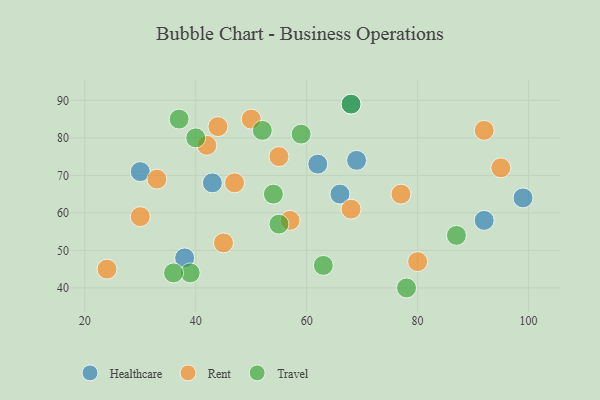
{"axis": {"x": "GDP", "y": "Life Expectancy"}, "legend": ["Healthcare", "Rent", "Travel"], "data": [{"x": "62", "y": 73, "type": "Healthcare"}, {"x": "68", "y": 89, "type": "Healthcare"}, {"x": "69", "y": 74, "type": "Healthcare"}, {"x": "92", "y": 58, "type": "Healthcare"}, {"x": "99", "y": 64, "type": "Healthcare"}, {"x": "66", "y": 65, "type": "Healthcare"}, {"x": "43", "y": 68, "type": "Healthcare"}, {"x": "30", "y": 71, "type": "Healthcare"}, {"x": "38", "y": 48, "type": "Healthcare"}, {"x": "68", "y": 61, "type": "Rent"}, {"x": "80", "y": 47, "type": "Rent"}, {"x": "57", "y": 58, "type": "Rent"}, {"x": "92", "y": 82, "type": "Rent"}, {"x": "47", "y": 68, "type": "Rent"}, {"x": "33", "y": 69, "type": "Rent"}, {"x": "45", "y": 52, "type": "Rent"}, {"x": "95", "y": 72, "type": "Rent"}, {"x": "55", "y": 75, "type": "Rent"}, {"x": "30", "y": 59, "type": "Rent"}, {"x": "42", "y": 78, "type": "Rent"}, {"x": "77", "y": 65, "type": "Rent"}, {"x": "44", "y": 83, "type": "Rent"}, {"x": "24", "y": 45, "type": "Rent"}, {"x": "50", "y": 85, "type": "Rent"}, {"x": "55", "y": 57, "type": "Travel"}, {"x": "54", "y": 65, "type": "Travel"}, {"x": "63", "y": 46, "type": "Travel"}, {"x": "52", "y": 82, "type": "Travel"}, {"x": "37", "y": 85, "type": "Travel"}, {"x": "39", "y": 44, "type": "Travel"}, {"x": "68", "y": 89, "type": "Travel"}, {"x": "87", "y": 54, "type": "Travel"}, {"x": "59", "y": 81, "type": "Travel"}, {"x": "36", "y": 44, "type": "Travel"}, {"x": "40", "y": 80, "type": "Travel"}, {"x": "78", "y": 40, "type": "Travel"}]}